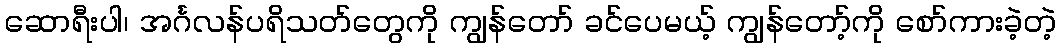
ဆောရီးပါ၊ အင်္ဂလန်ပရိသတ်တွေကို ကျွန်တော် ခင်ပေမယ့် ကျွန်တော့်ကို စော်ကားခဲ့တဲ့